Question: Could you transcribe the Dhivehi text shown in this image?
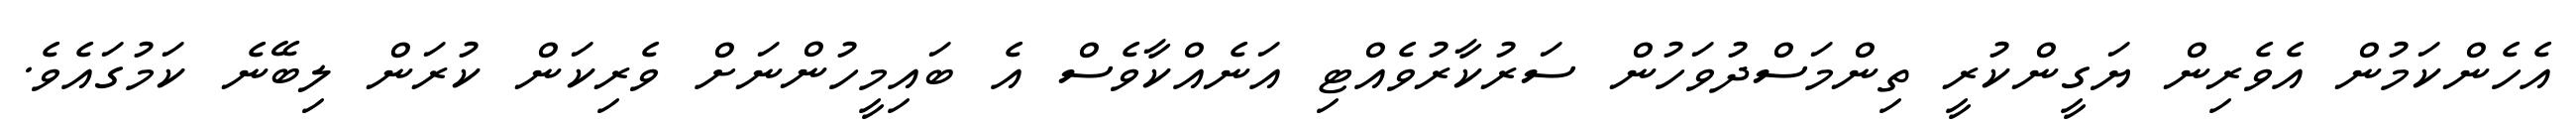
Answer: އެހެންކަމުން އެވެރިން ޔަގީންކުރީ ތިންމަސްދުވަހުން ސަރުކާރުވެއްޓި އަނެއްކާވެސް އެ ބައިމީހުންނަށް ވެރިކަން ކުރަން ލިބޭނެ ކަމުގައެވެ.